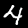
Label: 4